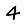
Digit: 4